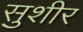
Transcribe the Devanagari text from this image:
सुशीर